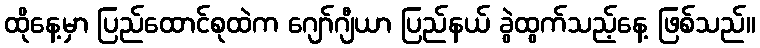
ထိုနေ့မှာ ပြည်ထောင်စုထဲက ဂျော်ဂျီယာ ပြည်နယ် ခွဲထွက်သည့်နေ့ ဖြစ်သည်။